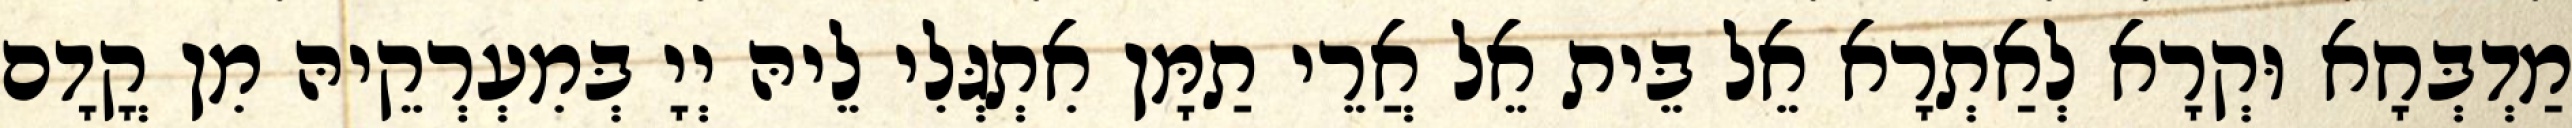
מַדְבְּחָא וּקְרָא לְאַתְרָא אֵל בֵּית אֵל אֲרֵי תַמָּן אִתְגְּלִי לֵיהּ יְיָ בְּמִעְרְקֵיהּ מִן קֳדָם